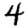
Digit: 4